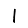
Digit: 1